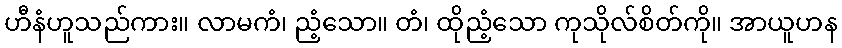
ဟီနံဟူသည်ကား။ လာမကံ၊ ညံ့သော။ တံ၊ ထိုညံ့သော ကုသိုလ်စိတ်ကို။ အာယူဟန